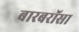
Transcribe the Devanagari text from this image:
बारबरॉसा